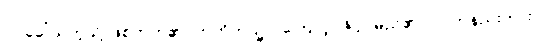
ဝါ၊ ခေါ်သကဲ့သို့ ဖြစ်တတ်၏။ ဣတိတသ္မာ၊ ကြောင့်။ ဇိဝှါ၊ မည်၏။ ဝါ၊ တနည်းကား။